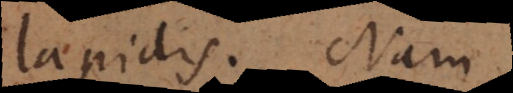
lapidis. Nam